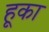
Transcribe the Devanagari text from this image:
हूका